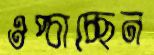
ওপ্‌চাচ্ছেন